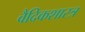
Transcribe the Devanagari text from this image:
वैदिकशास्त्र